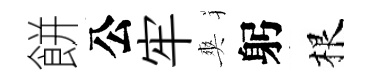
餅公牢爽躬根